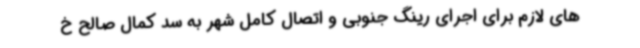
های لازم برای اجرای رینگ جنوبی و اتصال کامل شهر به سد کمال صالح خ